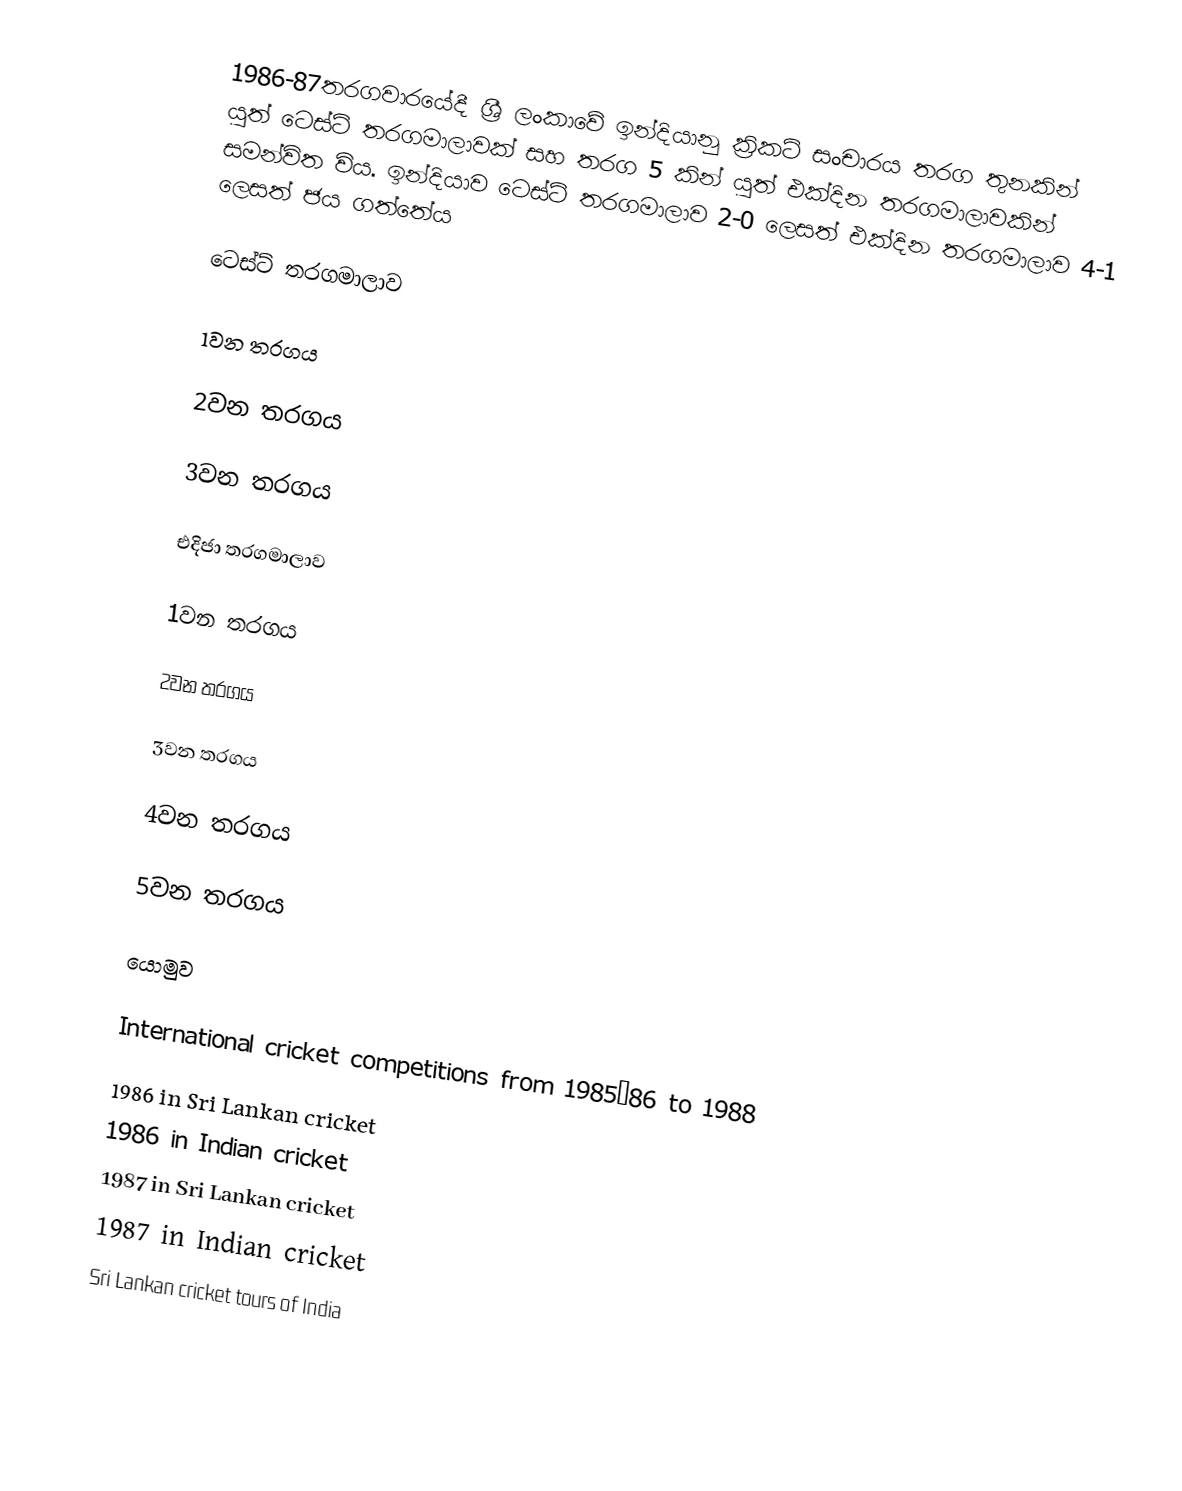
1986-87තරගවාරයේදී ශ්‍රී ලංකාවේ ඉන්දියානු ක්‍රිකට් සංචාරය තරග තුනකින් යුත් ටෙස්ට් තරගමාලාවක් සහ තරග 5 කින් යුත් එක්දින තරගමාලාවකින් සමන්විත විය. ඉන්දියාව ටෙස්ට් තරගමාලාව 2-0 ලෙසත් එක්දින තරගමාලාව 4-1 ලෙසත් ජය ගත්තේය

ටෙස්ට් තරගමාලාව

1වන තරගය

2වන තරගය

3වන තරගය

එදිජා තරගමාලාව

1වන තරගය

2වන තරගය

3වන තරගය

4වන තරගය

5වන තරගය

යොමුව

International cricket competitions from 1985–86 to 1988
1986 in Sri Lankan cricket
1986 in Indian cricket
1987 in Sri Lankan cricket
1987 in Indian cricket
Sri Lankan cricket tours of India